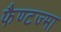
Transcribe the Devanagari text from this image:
फैण्टज्मा